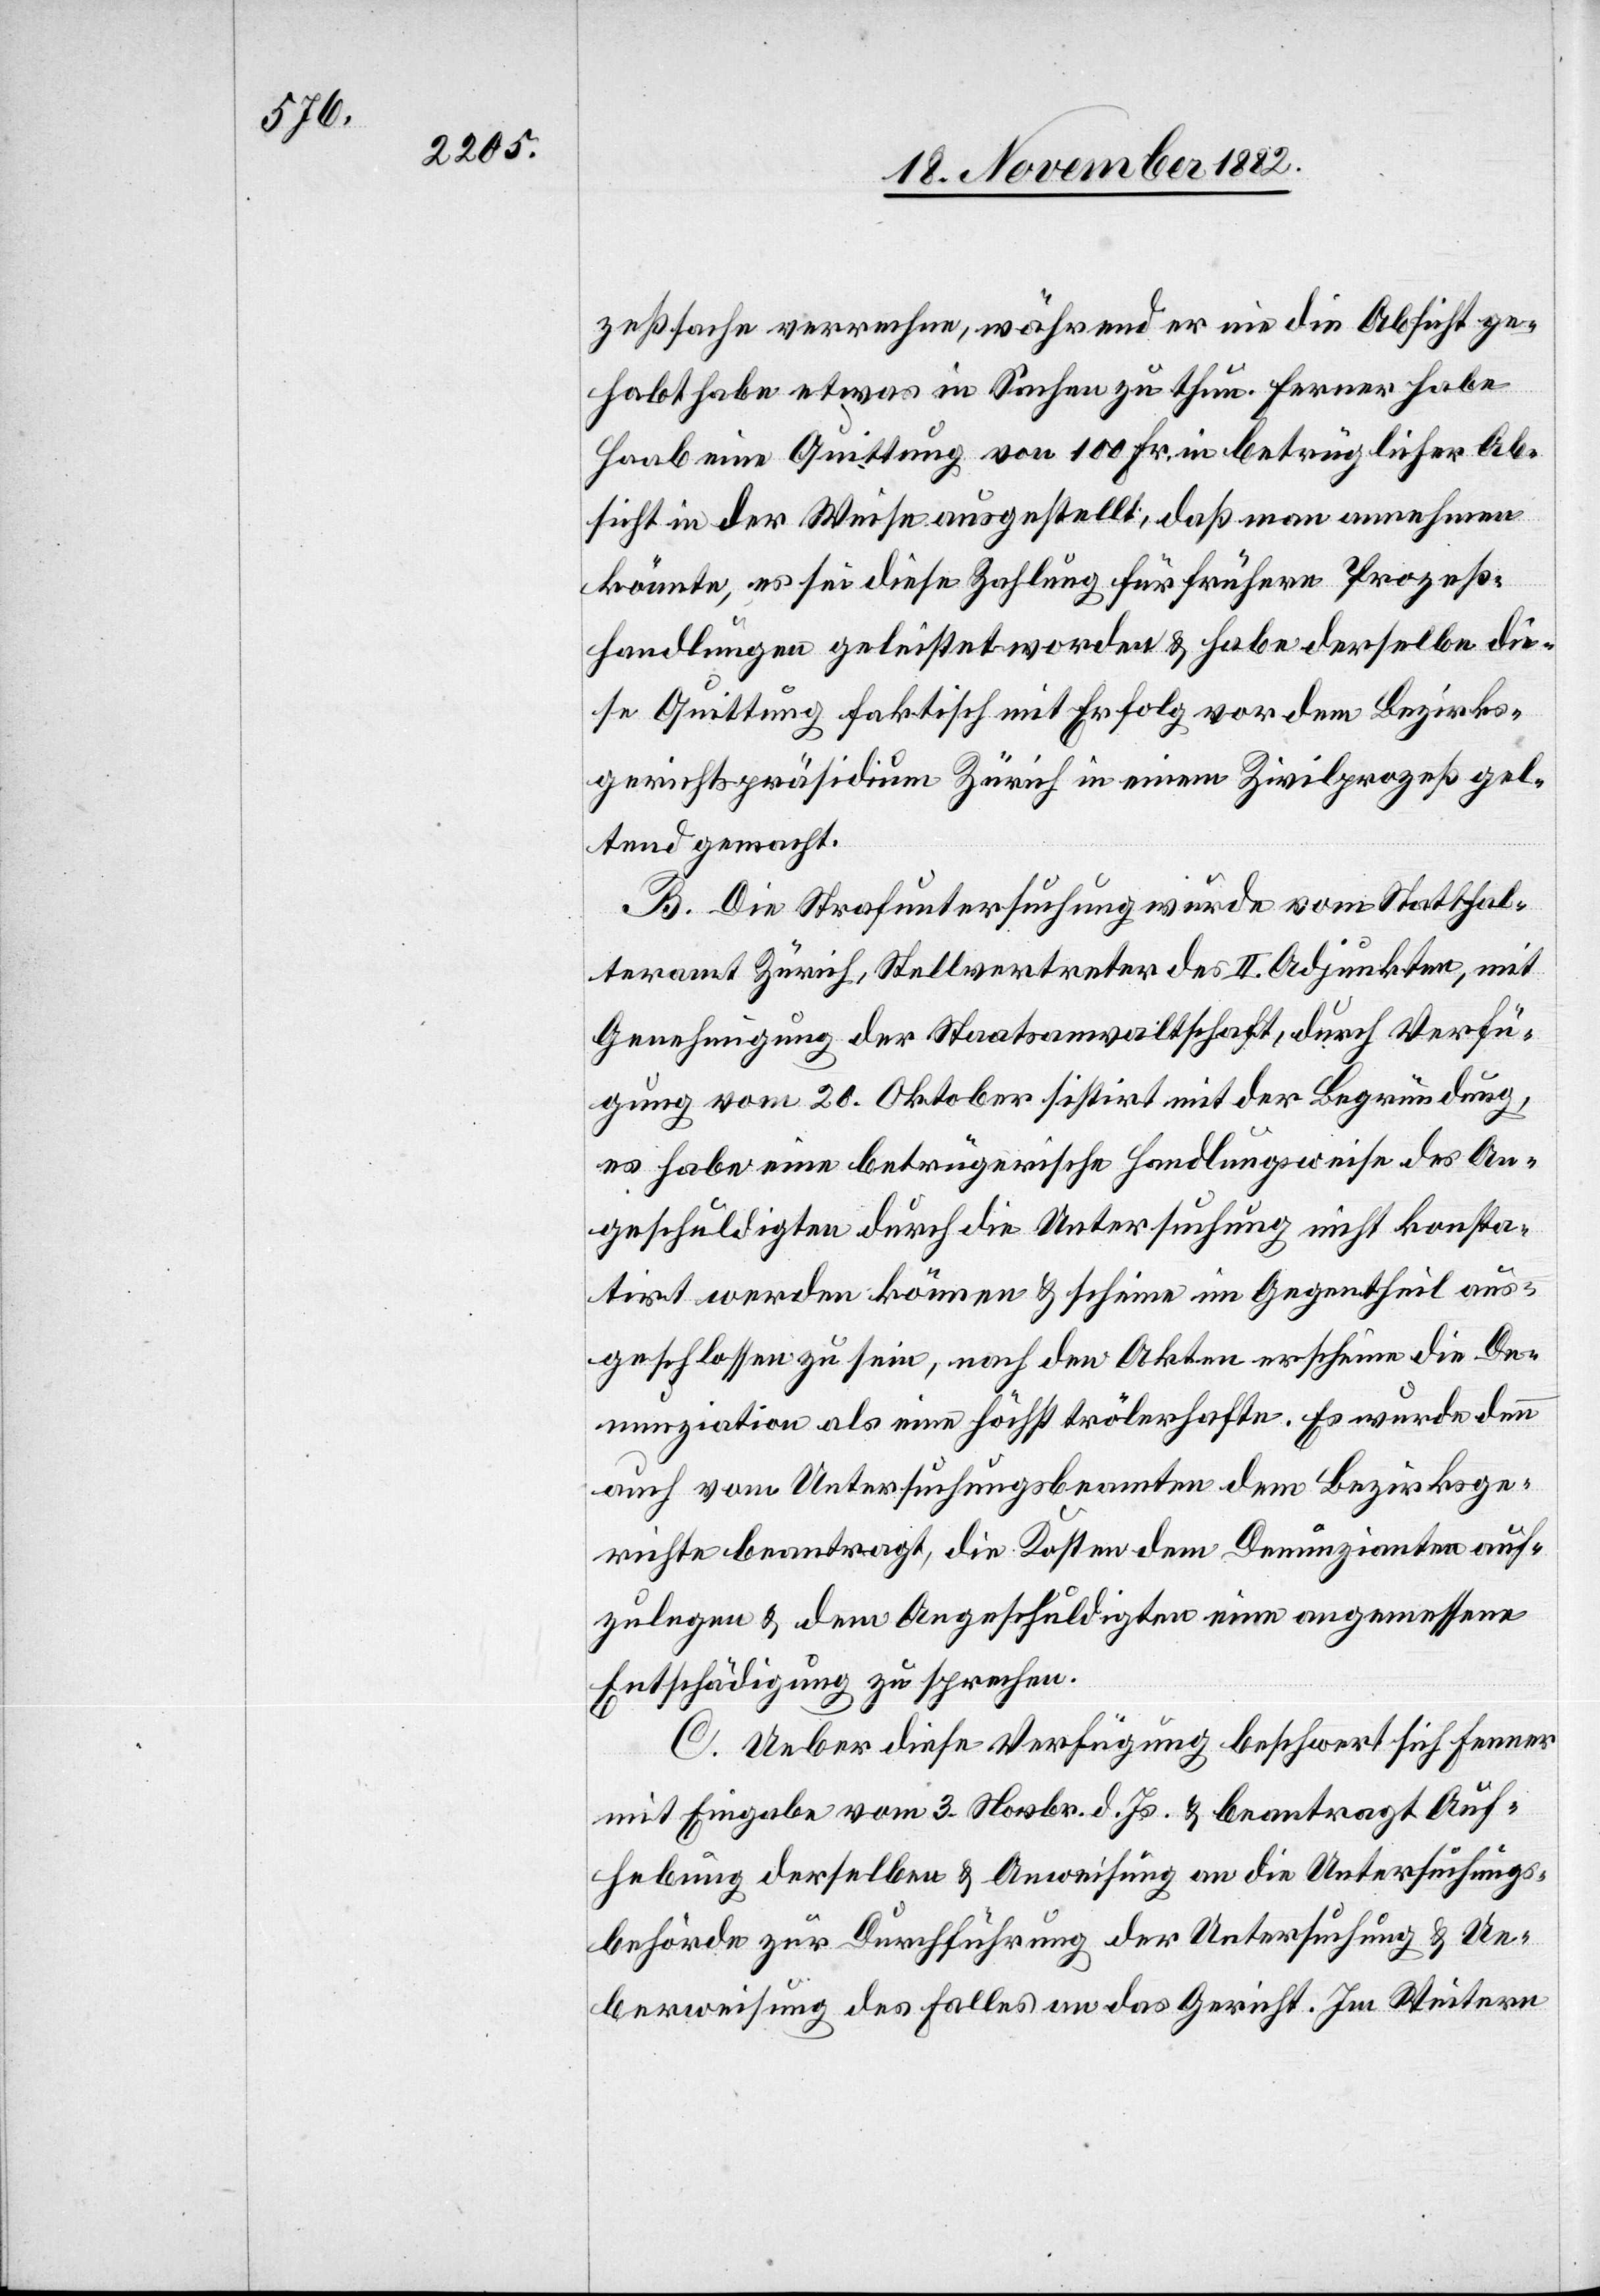
zeßsache verrechne, während er nie die Absicht ge¬
habt habe etwas in Sachen zu thun. Ferner habe
Haab eine Quittung von 100 Fr. in betrüglicher Ab¬
sicht in der Weise ausgestellt, daß man annehmen
könnte, es sei diese Zahlung für frühere Prozeß¬
handlungen geleistet worden & habe derselbe die¬
se Quittung faktisch mit Erfolg vor dem Bezirks¬
gerichtspräsidium Zürich in einem Zivilprozeß gel¬
tend gemacht.
B. Die Strafuntersuchung wurde vom Statthal¬
teramt Zürich, Stellvertreter des II. Adjunkten, mit
Genehmigung der Staatsanwaltschaft, durch Verfü¬
gung vom 20. Oktober sistirt mit der Begründung,
es habe eine betrügerische Handlungsweise des An¬
geschuldigten durch die Untersuchung nicht konsta¬
tirt werden können & scheine im Gegentheil aus¬
geschlossen zu sein, nach den Akten erscheine die De¬
nunziation als eine höchst trölerhafte. Es wurde denn
auch vom Untersuchungsbeamten dem Bezirksge¬
richte beantragt, die Kosten dem Denunzianten auf¬
zulegen & dem Angeschuldigten eine angemessene
Entschädigung zu sprechen.
C. Ueber diese Verfügung beschwert sich ferner
mit Eingabe vom 3. Novbr. d. Js. & beantragt Auf¬
hebung derselben & Anweisung an die Untersuchungs¬
behörde zur Durchführung der Untersuchung & Ue¬
berweisung des Falles an das Gericht. Im Weitern